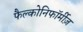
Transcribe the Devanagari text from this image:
फैल्कोनिफॉर्मीज़